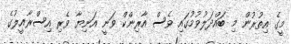
މީގެ އިތުރުން މި ބައްދަލުވުމުގައި ވެސް އާރިންކް ވަނީ އަނިޔާ ވެރި އިސްރާއީލުގެ